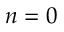
n = 0